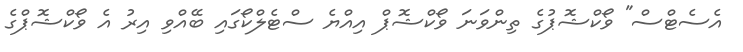
އެސެޓްސް" ވޯކްޝޮޕުގެ ތިންވަނަ ވޯކްޝޮޕް އިއްޔެ ސްޓެލްކޯގައި ބޭއްވި އިރު އެ ވޯކްޝޮޕްގެ